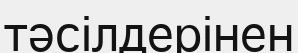
тәсілдерінен